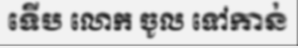
ទើប លោក ចូល ទៅកាន់